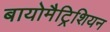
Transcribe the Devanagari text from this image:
बायोमैट्रिशियन